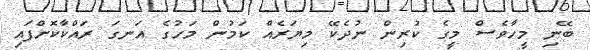
ބޭނި މީހާވެސް މީގެ ކުރިން ނުދެކޭ މިޔަރެއް ކަމުން މަހުގެ އަނގަ ރައްކާކޮށްފައި